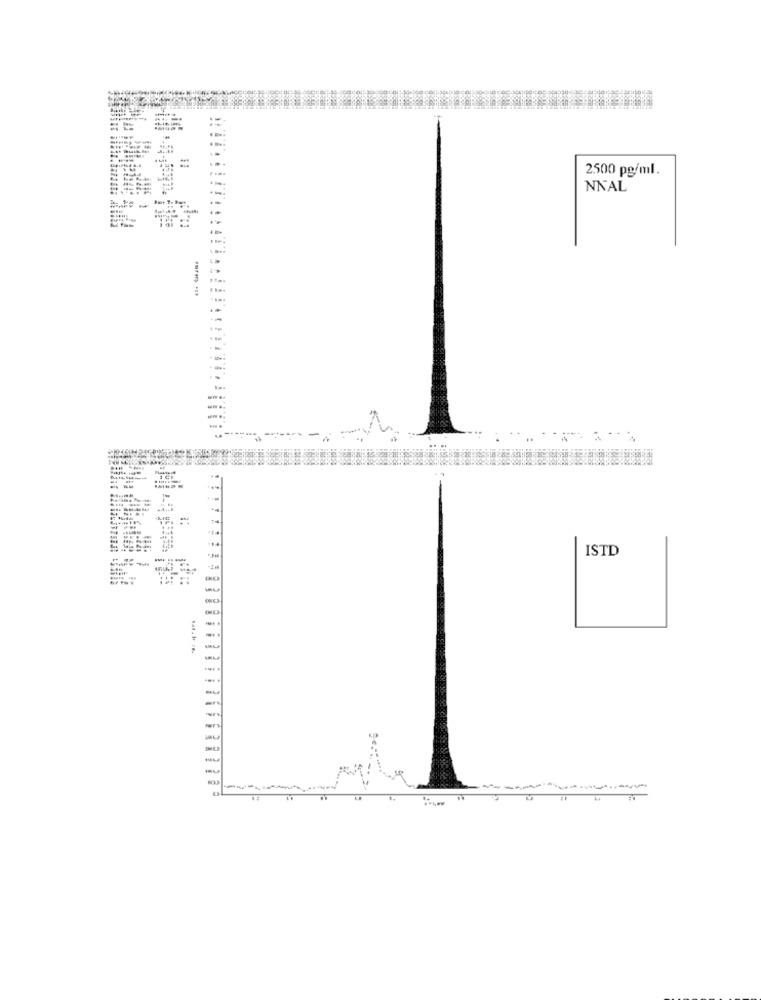
...
2500 pg/ml.
NNAL
"T2
----
ISTD
..
Tat. I /B.
-
-
-
-
-